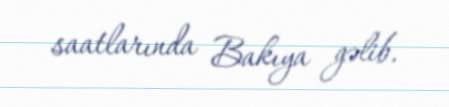
saatlarında Bakıya gəlib.